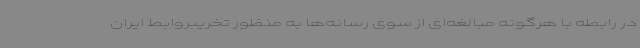
در رابطه با هرگونه مبالغه‌ای از سوی رسانه‌ها به منظور تخریبروابط ایران